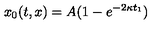
x _ { 0 } ( t , x ) = A ( 1 - e ^ { - 2 \kappa t _ { 1 } } )